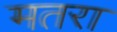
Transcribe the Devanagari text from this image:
मतरा